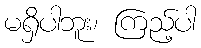
မရှိပါဘူး၊ ကြည့်ပါ